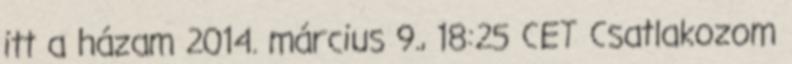
itt a házam 2014. március 9., 18:25 CET Csatlakozom